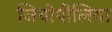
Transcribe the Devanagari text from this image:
जियोपीलिया